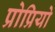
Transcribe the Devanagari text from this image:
प्रोप्रियो